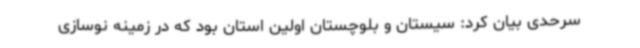
سرحدی بیان کرد: سیستان و بلوچستان اولین استان بود که در زمینه نوسازی